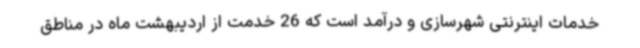
خدمات اینترنتی شهرسازی و درآمد است که 26 خدمت از اردیبهشت ماه در مناطق